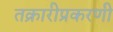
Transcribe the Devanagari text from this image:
तक्रारीप्रकरणी